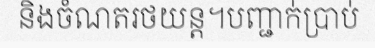
និងចំណតរថយន្ត។បញ្ជាក់ប្រាប់